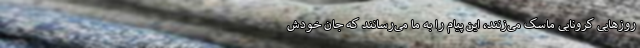
روزهایی کرونایی ماسک می‌زنند، این پیام را به ما می‌رسانند که جان خودش